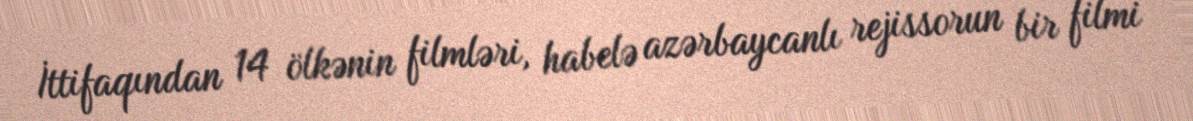
İttifaqından 14 ölkənin filmləri, habelə azərbaycanlı rejissorun bir filmi